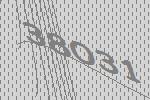
38031